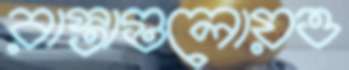
রাস্তাগুলোয়ও